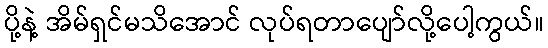
ပို့နဲ့ အိမ်ရှင်မသိအောင် လုပ်ရတာပျော်လို့ပေါ့ကွယ်။